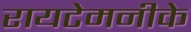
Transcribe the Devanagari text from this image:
रायटेमनीके